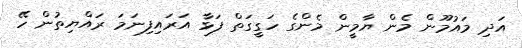
އަދި މައުމޫން މެން ޔާމީން މެންގެ ހަގީގަތް ފަޅާ އަރައިފިނަމަ ރައްޔިތުން ހޭ